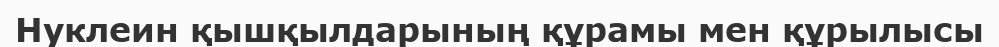
Нуклеин қышқылдарының құрамы мен құрылысы